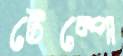
টেম্পো